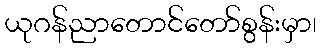
ယုဂန်ညာတောင်တော်စွန်းမှာ၊